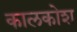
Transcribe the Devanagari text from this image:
कालकोश